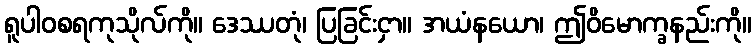
ရူပါဝစရကုသိုလ်ကို။ ဒေဿတုံ၊ ပြခြင်းငှာ။ အယံနယော၊ ဤဝိမောက္ခနည်းကို။